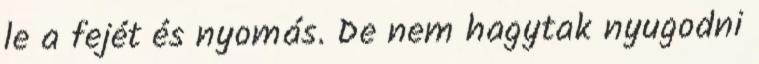
le a fejét és nyomás. De nem hagytak nyugodni